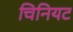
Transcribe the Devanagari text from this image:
चिनियट